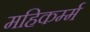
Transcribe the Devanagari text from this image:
महिकर्म्म